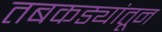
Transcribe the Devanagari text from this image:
तबकड्यांतून